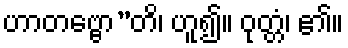
ဟာတဗ္ဗော”တိ၊ ဟူ၍။ ဝုတ္တံ၊ ၏။